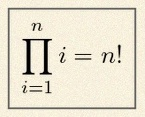
\prod_{i=1}^{n}i=n!